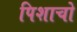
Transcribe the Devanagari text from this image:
पिशाचो